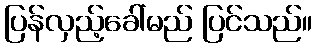
ပြန်လှည့်ခေါ်မည် ပြင်သည်။